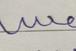
Signature authenticity: forged